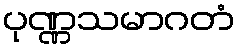
ပုဏ္ဏသမာဂတံ